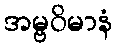
အမ္ဗဝိမာနံ